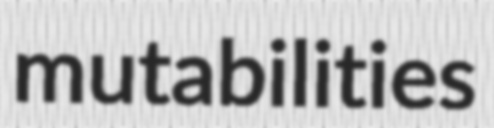
mutabilities